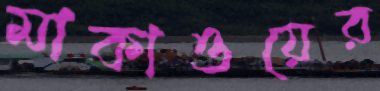
মাকাওয়ের